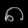
Digit: ၈